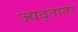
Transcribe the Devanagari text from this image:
ज्यद्तातर